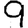
Digit: 9